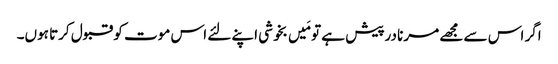
اگر اس سے مجھے مرنا درپیش ہے تو مَیں بخوشی اپنے لئے اس موت کو قبول کرتا ہوں۔